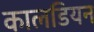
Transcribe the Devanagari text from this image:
कालडियन